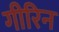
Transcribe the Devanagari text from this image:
गीरिन